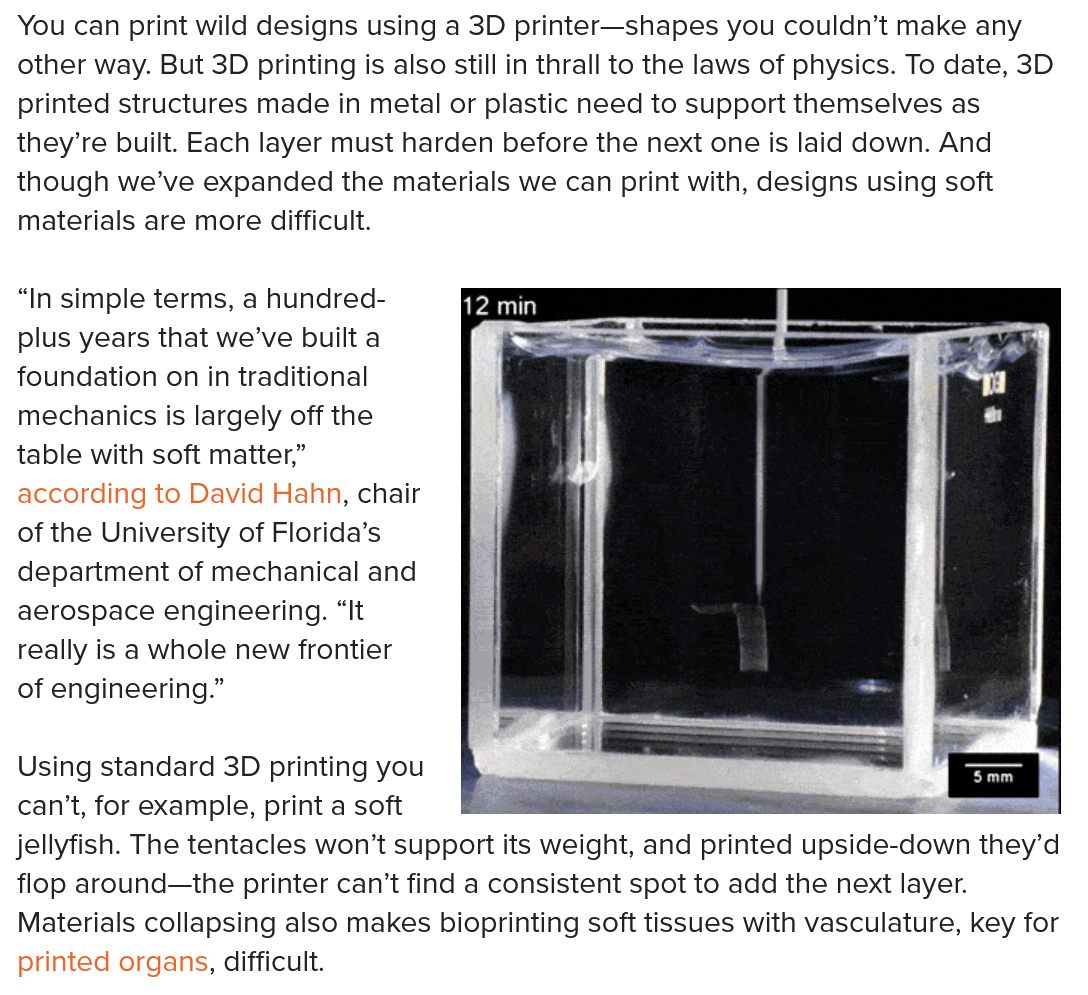
You can print wild designs using a 3D printer—shapes you couldn’t make any
  other way. But 3D printing is also still in thrall to the laws of physics. To date, 3D
  printed structures made in metal or plastic need to support themselves as
  they’re built. Each layer must harden before the next one is laid down. And
  though we’ve expanded the materials we can print with, designs using soft
  materials are more difficult.
  “In simple terms, a hundred-
  plus years that we’ve built a
  foundation on in traditional
  mechanics is largely off the
  table with soft matter,”
  according to David Hahn, chair
  of the University of Florida’s
  department of mechanical and
  aerospace engineering. “It
  really is a whole new frontier
  of engineering.”
  Using standard 3D printing you a
     ee
  ee
     |
  can’t, for example, print a soft    ae
  jellyfish. The tentacles won’t support its weight, and printed upside-down they’d
  flop around—the printer can’t find a consistent spot to add the next layer.
  Materials collapsing also makes bioprinting soft tissues with vasculature, key for
  printed organs, difficult.